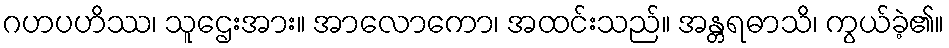
ဂဟပဟိဿ၊ သူဌေးအား။ အာလောကော၊ အထင်းသည်။ အန္တရဓာသိ၊ ကွယ်ခဲ့၏။